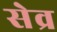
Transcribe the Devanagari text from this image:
सेव्र